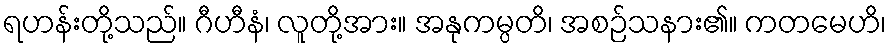
ရဟန်းတို့သည်။ ဂီဟီနံ၊ လူတို့အား။ အနုကမ္ပတိ၊ အစဉ်သနား၏။ ကတမေဟိ၊